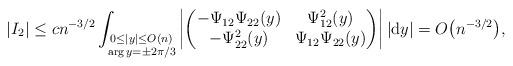
LaTeX: \begin{gather*}\vert I_2 \vert \le cn^{-3/2} \int_{\substack{0 \le \vert y\vert \le O(n) \\ \arg y = \pm2\pi/3}}\left\vert \left( \begin{matrix}-\Psi_{12}\Psi_{22} (y) & \Psi_{12}^2(y) \\-\Psi_{22}^2(y) &\Psi_{12}\Psi_{22}(y)\end{matrix}\right)\right\vert \vert {\rm d}y\vert = O\big(n^{-3/2}\big),\end{gather*}